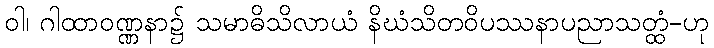
ဝါ၊ ဂါထာဝဏ္ဏနာ၌ သမာဓိသိလာယံ နိဃံသိတဝိပဿနာပညာသတ္ထံ-ဟု